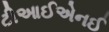
ટીઆઈએનઈ